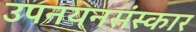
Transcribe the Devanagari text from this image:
उपनयनसंस्कार